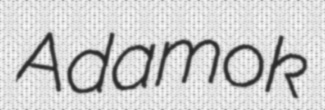
Adamok